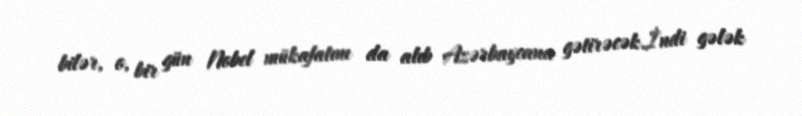
bilər, o, bir gün Nobel mükafatını da alıb Azərbaycana gətirəcək.İndi gələk